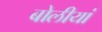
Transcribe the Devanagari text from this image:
बोलीयां